Report on horse surra - Volume II, Part II
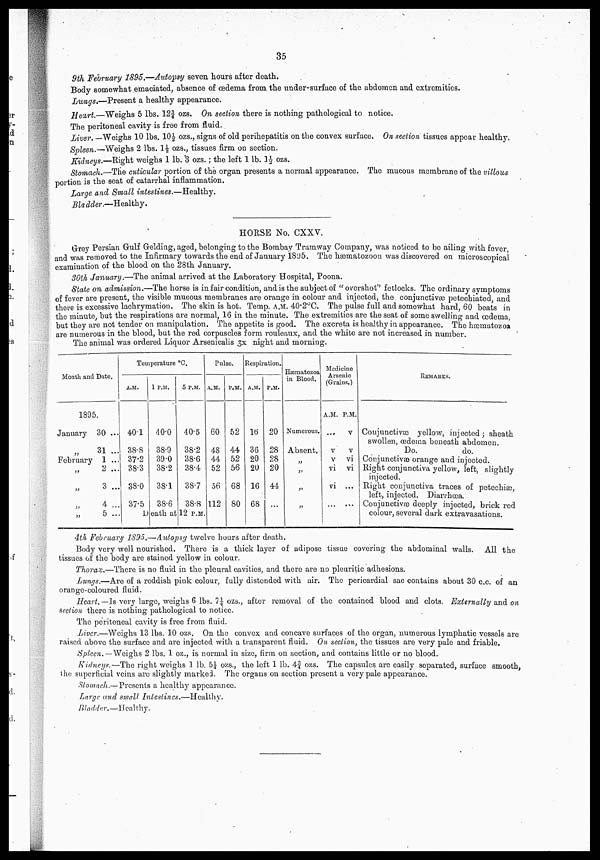
35
9th February 1895.—Autopsy seven hours after death.
Body somewhat emaciated, absence of oedema from the under-surface of the abdomen and extremities.
Lungs.—Present a healthy appearance.
Heart.—Weighs 5 lbs. 12 3/4 ozs. On section there is nothing pathological to notice.
The peritoneal cavity is free from fluid.
Liver. —Weighs 10 lbs. 10 1/2 ozs., signs of old perihepatitis on the convex surface. On section tissues appear healthy.
Spleen.—Weighs 2 lbs. 1 1/2 ozs ., tissues firm on section.
Kidneys.—Right weighs 1 lb. '3 ozs.; the left 1 lb. 1 1/2 ozs.
Stomach.—The cuticular portion of the organ presents a normal appearance. The mucous membrane of the villous
portion is the seat of catarrhal inflammation.
Large and Small intestines.—Healthy.
Bladder.—Healthy.
HORSE No. CXXV.
Grey Persian Gulf Gelding, aged, belonging to the Bombay Tramway Company, was noticed to be ailing with fever
and was removed to the Infirmary towards the end of January 1895. The hæmatozoon was discovered on microscopical
examination of the blood on the 28th January.
30th January.—The animal arrived at the Laboratory Hospital, Poona.
State on admission.—The horse is in fair condition, and is the subject of " overshot'' fetlocks. The ordinary symptoms
of fever are present, the visible mucous membranes are orange in colour and injected, the conjunctivas petechiated, and
there is excessive lachrymation. The skin is hot. Temp. A.M. 40.2°C. The pulse full and somewhat hard, 60 beats in
the minute, but the respirations are normal, 16 in the minute. The extremities are the seat of some swelling and oedema,
but they are not tender on manipulation. The appetite is good. The excreta is healthy in appearance. The hæmatozoa
are numerous in the blood, but the red corpuscles form rouleaux, and the white are not increased in number.
The animal was ordered Liquor Arsenicalis 3X night and morning.
Month and Date.
1895
.
January
February
„
„
„
„
30 ...
31 ...
1 ...
2 ...
3 ...
4 ...
5 ...
Temperature ° C.
A.M.
40.1
38.8
37.2
38.3
38.0
37.5
1 P.M.
40.0
38.9
39.0
38.2
38.1
38.6
Death at
5 P.M.
40.5
38.2
38.6
38.4
38.7
38.8
12 P.M.
Pulse.
A.M.
60
48
44
52
56
112
P.M.
52
44
52
56
68
80
Respiration.
A.M.
16
36
20
20
16
68
P.M.
20
28
28
20
44
...
Hæmatozoa
in Blood.
Numerous.
Absent.
„
„
„
„
Medicine
Arsenic
(Grains.)
A.M.
...
V
V
VI
VI
...
P.M.
V
V
VI
VI
...
...
REMARKS.
Conjunctivas yellow, injected; sheath
swollen, oedema beneath abdomen.
Do.
do.
Conjunctivæ orange and injected.
Right conjunctiva yellow, left, slightly
injected.
Right conjunctiva traces of petechiæ,
left, injected. Diarrhoea.
Conjunctivas deeply injected, brick red
colour, several dark extravasations.
4th February 1S95.—Autopsy twelve hours after death.
Body very well nourished. There is a thick layer of adipose tissue covering the abdominal walls. All the
tissues of the body are stained yellow in colour.
Thorax.—There is no fluid in the pleural cavities, and there are no pleuritic adhesions.
Lungs.—Are of a reddish pink colour, fully distended with air. The pericardial sac contains about 30 c.c. of an
orange-coloured fluid.
Heart.— Is very large, weighs 6 lbs.7 1/4 ozs., after removal of the contained blood and clots. Externally and, on
section, there is nothing pathological to notice.
The peritoneal cavity is free from fluid.
Liver.—Weighs 13 lbs. 10 ozs. On the convex and concave surfaces of the organ, numerous lymphatic vessels are
raised above the surface and are injected with a transparent fluid. On section, the tissues are very pale and friable.
Spleen.— Weighs 2 lbs. 1 oz., is normal in size, firm on section, and contains little or no blood.
Kidneys.—The right weighs 1 lb. 5 1/4 ozs., the loft 1 lb. 4 3/4 ozs. The capsules are easily separated, surface smooth,
the superficial veins are slightly marked. The organs on section present a very pale appearance.
Stomach.— Presents a healthy appearance.
Large and small Intestines.—Healthy.
Bladder.—Healthy.